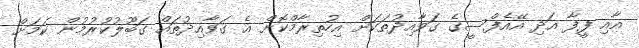
އާއި ފީފާ އަދި އޭއެފްސީގެ ގަވާއިދުތަކަށް އިހުތިރާމްކޮށް އެ ގަވާއިދުތައް ގަބޫލުކުރުމުން ކަމަށް